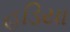
હડિયા